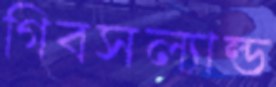
গিবসল্যাল্ড